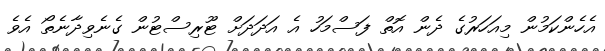
އެހެންކަމުން މިއަހަރުގެ ދެން އޮތް ފަސްމަހު އެ އަދަދަށް ޓޫރިސްޓުން ގެނެވިދާނެތޯ އެވެ